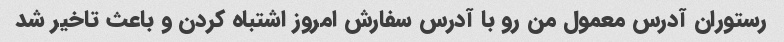
رستوران آدرس معمول من رو با آدرس سفارش امروز اشتباه کردن و باعث تاخیر شد